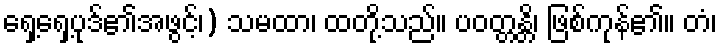
ရှေ့ရှေ့ပုဒ်၏အဖွင့်၊) သမထာ၊ ထတို့သည်။ ပဝတ္တန္တိ၊ ဖြစ်ကုန်၏။ တံ၊